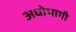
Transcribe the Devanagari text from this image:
अधोभागी